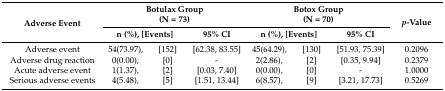
| <ROWSPAN=2> Adverse Event | <COLSPAN=3> Botulax Group(N = 73) | <COLSPAN=3> Botox Group(N = 70) | <ROWSPAN=2> p-Value |
 | <COLSPAN=2> n (%), [Events] | 95% CI | <COLSPAN=2> n (%), [Events] | 95% CI |
 | --- | --- | --- | --- | --- | --- | --- | --- |
 | Adverse event | 54(73.97), | [152] | [62.38, 83.55] | 45(64.29), | [130] | [51.93, 75.39] | 0.2096 |
 | Adverse drug reaction | 0(0.00), | [0] | - | 2(2.86), | [2] | [0.35, 9.94] | 0.2379 |
 | Acute adverse event | 1(1.37), | [2] | [0.03, 7.40] | 0(0.00), | [0] | - | 1.0000 |
 | Serious adverse events | 4(5.48), | [5] | [1.51, 13.44] | 6(8.57), | [9] | [3.21, 17.73] | 0.5269 |